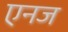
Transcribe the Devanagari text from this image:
एनज